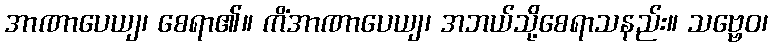
အာဏာပေယျ၊ စေရာ၏။ ကိံအာဏာပေယျ၊ အဘယ်သို့စေရာသနည်း။ သဗ္ဗေဝ၊